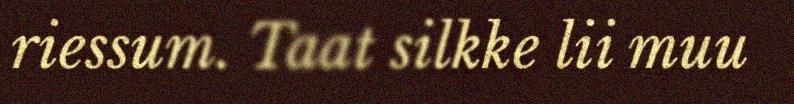
riessum. Taat silkke lii muu